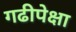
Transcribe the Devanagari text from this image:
गढीपेक्षा